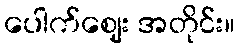
ပေါက်ဈေး အတိုင်း။